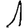
Digit: 1